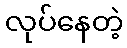
လုပ်နေတဲ့